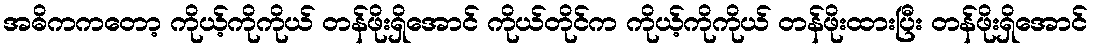
အဓိကကတော့ ကိုယ့်ကိုကိုယ် တန်ဖိုးရှိအောင် ကိုယ်တိုင်က ကိုယ့်ကိုကိုယ် တန်ဖိုးထားပြီး တန်ဖိုးရှိအောင်